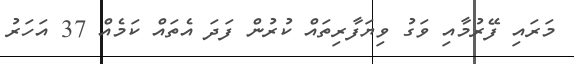
މަރައި ފޭރުމާއި ވަގު ވިޔަފާރިތައް ކުރުން ފަދަ އެތައް ކަމެއް 37 އަހަރު